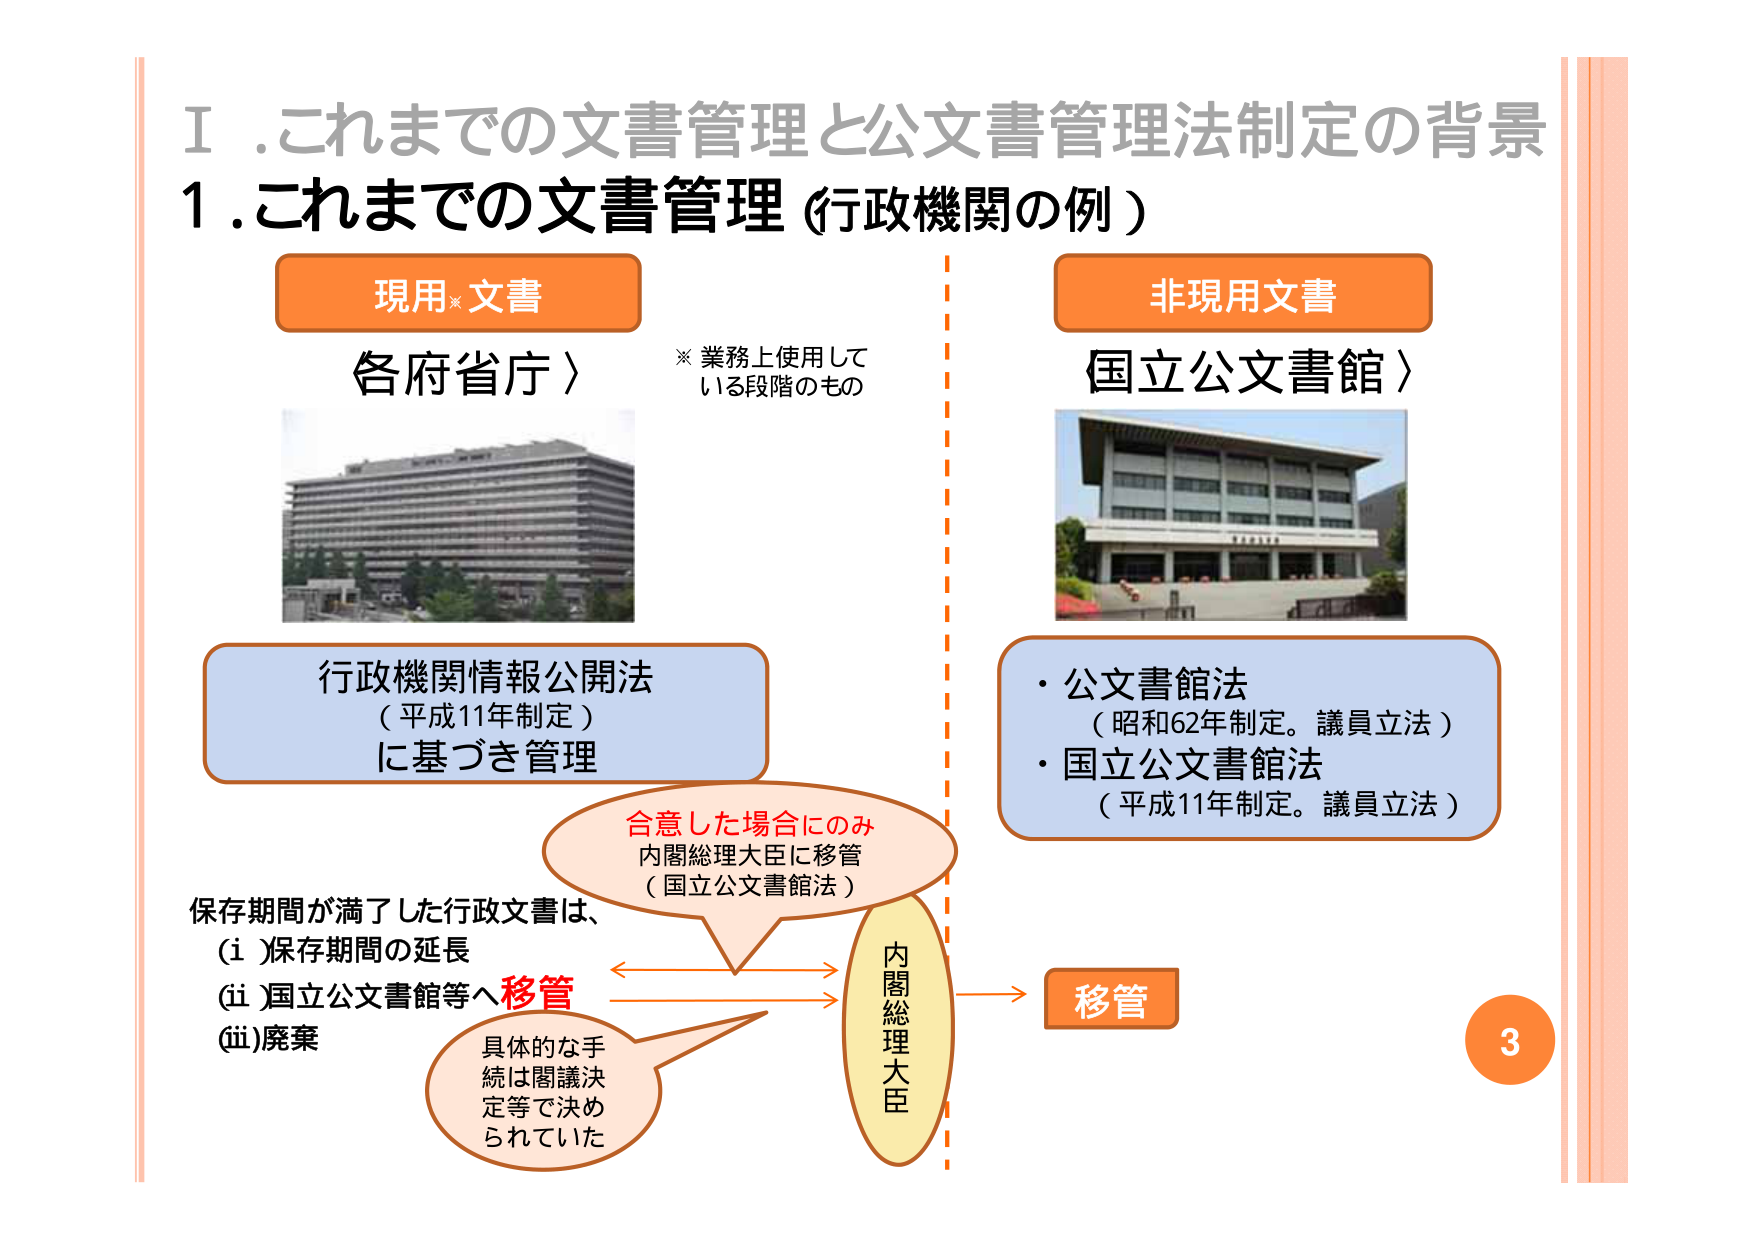
Ⅰ. これまでの文書管理と公文書管理法制定の背景
1. これまでの文書管理（行政機関の例）

現用※文書
各府省庁）
※ 業務上使用している段階のもの

非現用文書
国立公文書館）

行政機関情報公開法
（平成11年制定）
に基づき管理

・公文書館法
（昭和62年制定。議員立法）
・国立公文書館法
（平成11年制定。議員立法）

保存期間が満了した行政文書は、
(i) 保存期間の延長
(ii) 国立公文書館等へ移管
(iii) 廃棄

合意した場合にのみ
内閣総理大臣に移管
（国立公文書館法）

具体的な手続は閣議決定等で決められていた

内閣総理大臣

移管

3